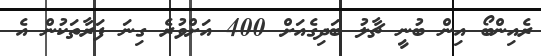
ރެއިންބޯ އިން ބުނީ ޗާލު ބަދިގެއަށް 400 އަށްވުރެ ގިނަ ފަރާތަކުން އެ